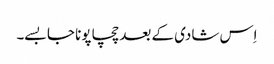
اِس شادی کے بعد چچا پونا جا بسے۔